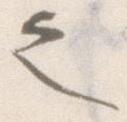
之